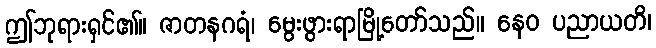
ဤဘုရားရှင်၏။ ဇာတနဂရံ၊ မွေးဖွားရာမြို့တော်သည်။ နေဝ ပညာယတိ၊